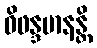
ဝိဖန္ဒမာနန္တိ